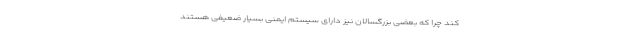
کند چرا که بعضی بزرگسالان نیز دارای سیستم ایمنی بسیار ضعیفی هستند